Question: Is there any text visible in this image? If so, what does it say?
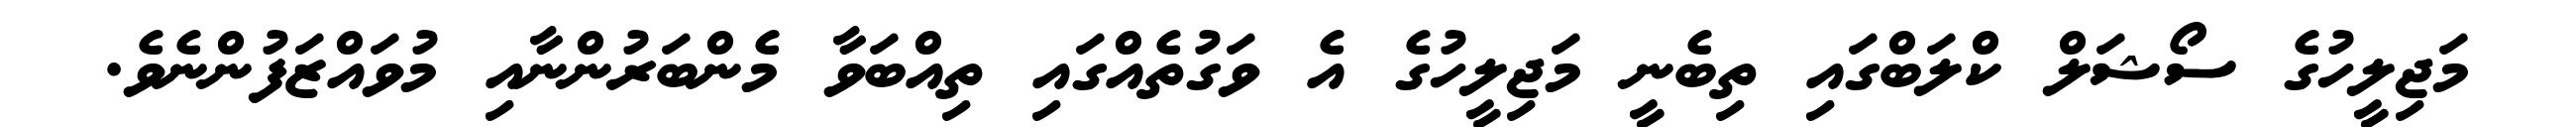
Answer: މަޖިލީހުގެ ސޯޝަލް ކްލަބްގައި ތިބެނީ މަޖިލީހުގެ އެ ވަގުތެއްގައި ތިއްބަވާ މެންބަރުންނާއި މުވައްޒަފުންނެވެ.